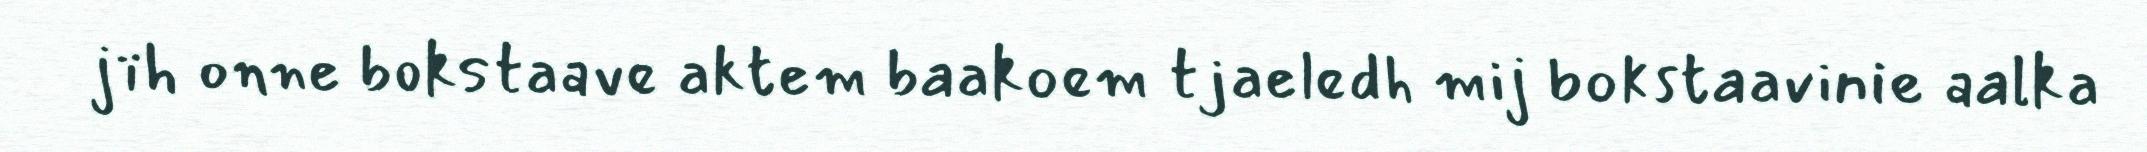
jïh onne bokstaave aktem baakoem tjaeledh mij bokstaavinie aalka